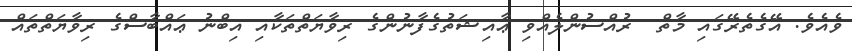
ވެއެވެ. އޭގެތެރޭގައި މާތް  ރުއްސުންލެއްވި ޢާއިޝަތުގެފާނުންގެ ރިވާޔަތްތަކާއި އިބްނު ޢައްބާސްގެ ރިވާޔަތްތައް